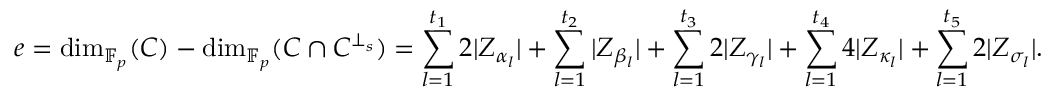
e = \dim _ { \mathbb { F } _ { p } } ( C ) - \dim _ { \mathbb { F } _ { p } } ( C \cap C ^ { \bot _ { s } } ) = \sum _ { l = 1 } ^ { t _ { 1 } } 2 | Z _ { \alpha _ { l } } | + \sum _ { l = 1 } ^ { t _ { 2 } } | Z _ { \beta _ { l } } | + \sum _ { l = 1 } ^ { t _ { 3 } } 2 | Z _ { \gamma _ { l } } | + \sum _ { l = 1 } ^ { t _ { 4 } } 4 | Z _ { \kappa _ { l } } | + \sum _ { l = 1 } ^ { t _ { 5 } } 2 | Z _ { \sigma _ { l } } | .